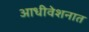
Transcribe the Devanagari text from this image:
आधीवेशनात